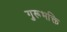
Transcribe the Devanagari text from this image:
गुरूभक्ति